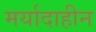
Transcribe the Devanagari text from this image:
मर्यादाहीन